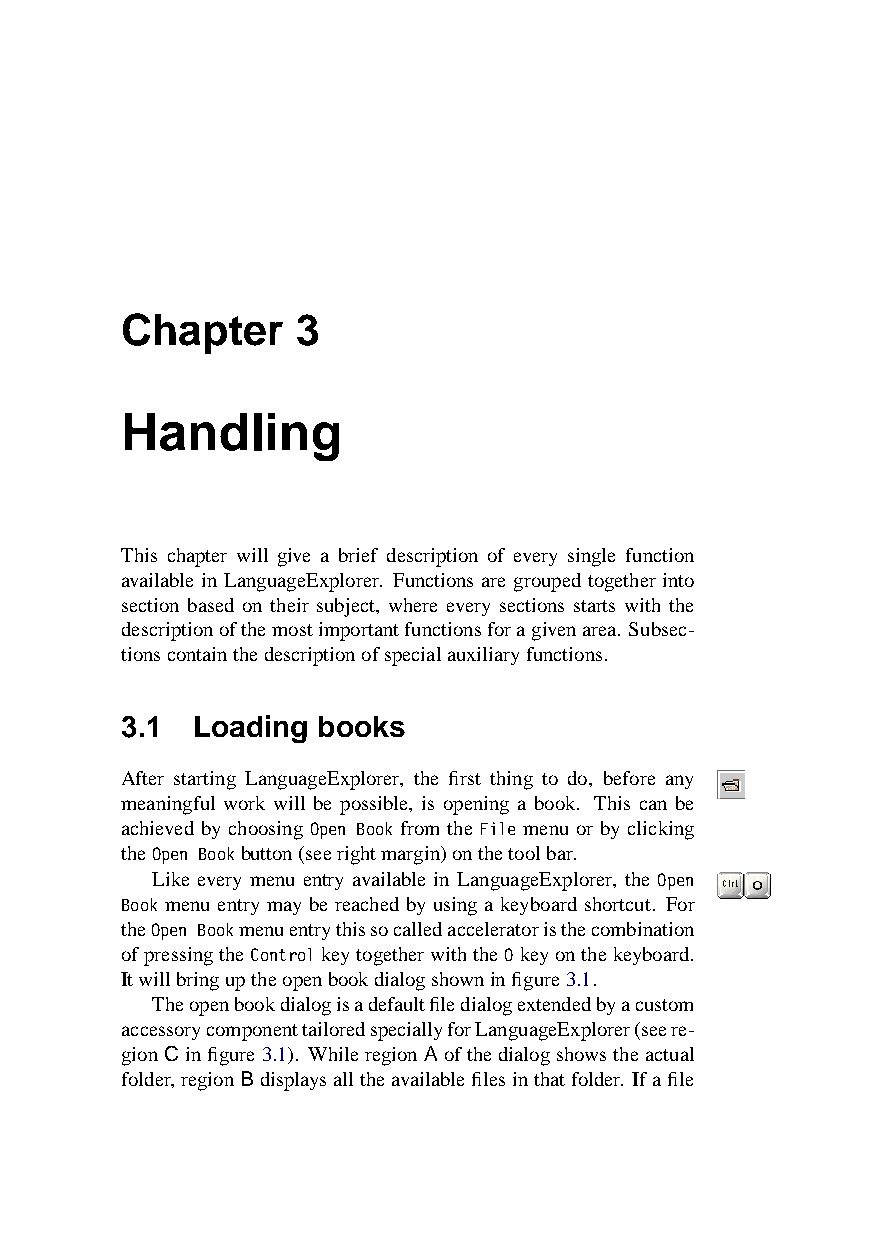
Chapter     3
 Handling
 This chapter will give a brief description of every single function
 available in LanguageExplorer. Functions are grouped together into
 section based on their subject, where every sections starts with the
 descriptionofthemostimportantfunctionsforagivenarea. Subsec-
 tionscontainthedescriptionofspecialauxiliaryfunctions.
 3.1  Loading books
 After starting LanguageExplorer, the first thing to do, before any
 meaningful work will be possible, is opening a book. This can be
 achieved by choosing Open Book from the File menu or by clicking
 theOpen Bookbutton(seerightmargin)onthetoolbar.
 Like every menu entry available in LanguageExplorer, the Open
 Book menu entry may be reached by using a keyboard shortcut. For
 theOpen Bookmenuentrythissocalledacceleratoristhecombination
 ofpressingtheControlkeytogetherwiththeOkeyonthekeyboard.
 Itwillbringuptheopenbookdialogshowninfigure3.1.
 Theopenbookdialogisadefaultfiledialogextendedbyacustom
 accessorycomponenttailoredspeciallyforLanguageExplorer(seere-
 gionCinfigure3.1). WhileregionAofthedialogshowstheactual
 folder,regionBdisplaysalltheavailablefilesinthatfolder. Ifafile